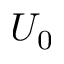
U _ { 0 }